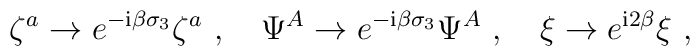
\zeta^a\rightarrow e^{-{\rm i}\beta\sigma_3}\zeta^a\ ,\quad\Psi^A\rightarrow e^{-{\rm i}\beta\sigma_3}\Psi^A\ ,\quad\xi\rightarrow e^{{\rm i}2\beta}\xi\ ,